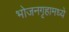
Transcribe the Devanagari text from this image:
भोजनगृहामध्ये